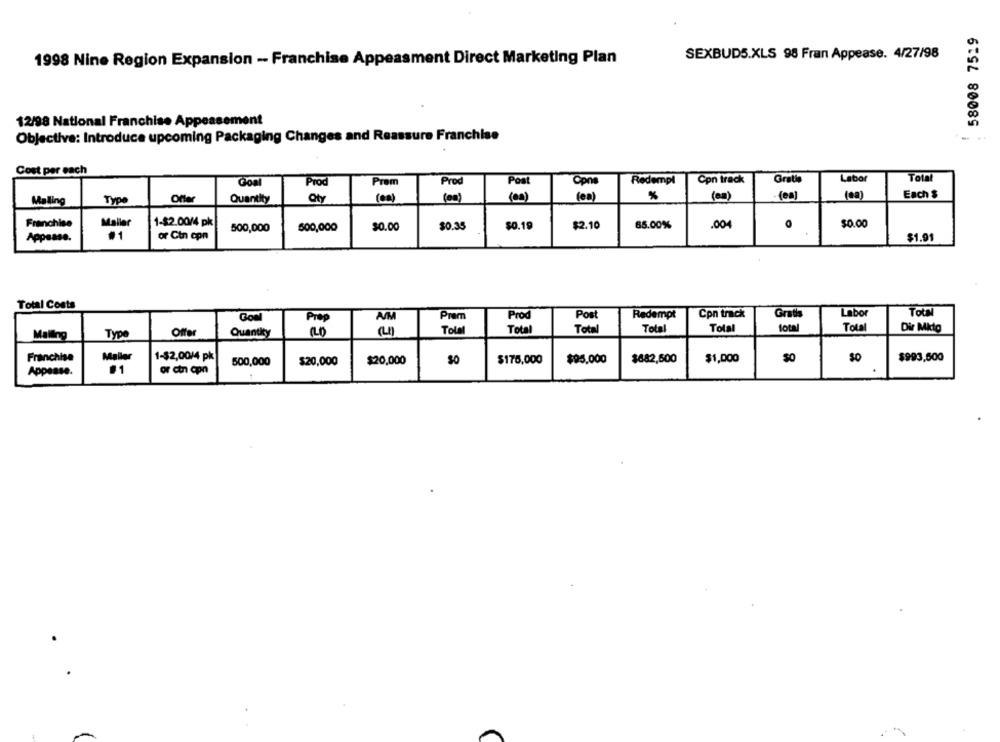
58008 7519
1998 Nine Region Expansion - Franchise Appeasment Direct Marketing Plan
SEXBUDS.XLS 98 Fran Appease. 4/27/98
12/98 National Franchise Appeasement
Objectiva: Introduce upcoming Packaging Changes and Reassure Franchise
Cost per each
Con track
Labor
Total
Goal
Prem
Redempl
Prod
Prod
Post
Opra
Each $
Malling
Type
Offer
Quantity
Qty
( 00)
(00)
( 00)
(00)
%
(en)
(en)
Mallar
1-$2.00/4 pk
Franchise
500,000
500,000
$0.00
$0.35
$0.19
$2.10
65.00%
.004
O
$0.00
Appease.
#1
or Cin cpn
$1.91
Total Costs
Total
Goal
AM
Prem
Prod
Pos
Redempt
Con track
Gratis
Labor
Prop
total
Offer
Quantity
(L)
Total
Total
Tot
Total
Total
Total
Dir Mktg
Maling
Type
1-$2,00/4 pk
Franchise
500,000
$20,000
$20,000
SO
$176,000
$95.000
$682,600
$1,000
$0
$0
$993,500
Appease.
or ctn cpn